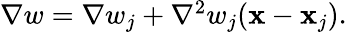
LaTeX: \begin{array}{r}{\nabla w=\nabla w_{j}+{\nabla}^{2}w_{j}({\mathbf x}-{\mathbf x}_{j}).}\end{array}